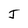
Character: J